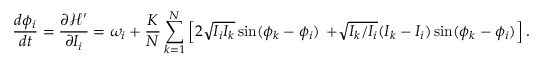
{ \frac { d \phi _ { i } } { d t } } = { \frac { \partial { \mathcal { H } } ^ { \prime } } { \partial I _ { i } } } = \omega _ { i } + { \frac { K } { N } } \sum _ { k = 1 } ^ { N } \left[ 2 { \sqrt { I _ { i } I _ { k } } } \sin ( \phi _ { k } - \phi _ { i } ) \right. \left. + { \sqrt { I _ { k } / I _ { i } } } ( I _ { k } - I _ { i } ) \sin ( \phi _ { k } - \phi _ { i } ) \right] .